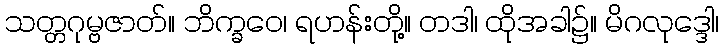
သတ္တဂုမ္ဗဇာတ်။ ဘိက္ခဝေ၊ ရဟန်းတို့။ တဒါ၊ ထိုအခါ၌။ မိဂလုဒ္ဒေါ၊